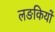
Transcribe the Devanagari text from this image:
लङकियों